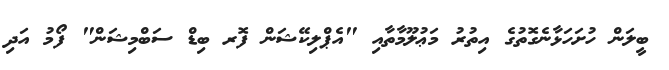
ބީލަން ހުށަހަޅާނެގޮތުގެ އިތުރު މަޢުލޫމާތާއި "އެޕްލިކޭޝަން ފޮރ ބިޑް ސަބްމިޝަން" ފޯމު އަދި